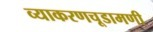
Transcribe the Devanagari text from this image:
व्याकरणचूडामणी